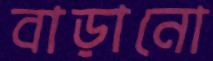
বাড়ানো